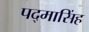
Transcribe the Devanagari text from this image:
पद्‌मासिंह